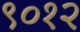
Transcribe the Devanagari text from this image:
९०१२